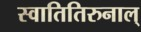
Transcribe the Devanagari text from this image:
स्वातितिरुनाल्